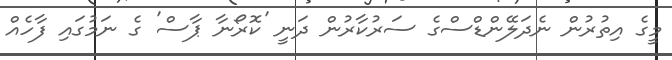
މީގެ އިތުރުން ނެދަލޭންޑްސްގެ ސަރުކާރުން ދަނީ 'ކޮރޯނާ ޕާސް' ގެ ނަމުގައި ފާހެއް